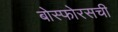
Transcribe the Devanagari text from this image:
बोस्फोरसची